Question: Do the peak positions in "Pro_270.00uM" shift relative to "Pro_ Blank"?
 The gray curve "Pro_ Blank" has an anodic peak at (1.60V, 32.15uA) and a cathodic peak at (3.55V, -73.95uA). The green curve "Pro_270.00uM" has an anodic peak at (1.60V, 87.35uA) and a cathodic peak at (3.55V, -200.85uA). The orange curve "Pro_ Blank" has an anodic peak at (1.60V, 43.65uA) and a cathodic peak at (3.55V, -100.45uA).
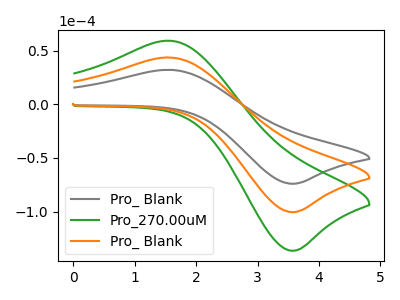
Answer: <think>All the peaks in "Pro_270.00uM" have a peak in "Pro_ Blank" at the same potential. Every peak in "Pro_270.00uM" is higher than every peak in "Pro_ Blank".
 </think>
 <answer>No, "Pro_270.00uM" and "Pro_ Blank" don't appear to be significantly different in shape</answer>
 <eval>no_change</eval>